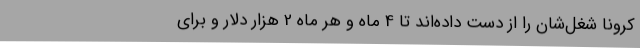
کرونا شغل‌شان را از دست داده‌اند تا 4 ماه و هر ماه 2 هزار دلار و برای